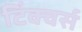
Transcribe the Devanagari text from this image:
टिंक्चर्स